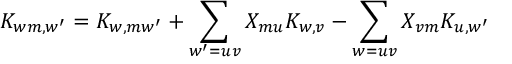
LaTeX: K _ { w m , w ^ { \prime } } = K _ { w , m w ^ { \prime } } + \sum _ { w ^ { \prime } = u v } X _ { m u } K _ { w , v } - \sum _ { w = u v } X _ { v m } K _ { u , w ^ { \prime } }